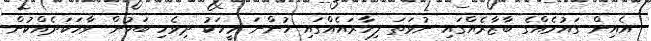
އެއިން ގައުމެއްގެ ބާޒާރެއްގައި ނުވަތަ ފިހާރައެއްގައި ހުންނަ މީހަކު ދިވެހި ބަހުން ވާހަކަދެއްކުން